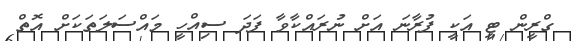
ގްރީން ޓީ އަކީ ފުރާނަ އަށް ނުރައްކާވާ ފަދަ ސިއްހީ މައްސަލަތަކަށް އޮތް